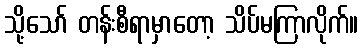
သို့သော် တန်းစီရာမှာတော့ သိပ်မကြာလိုက်။